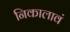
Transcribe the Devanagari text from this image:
निकालावं